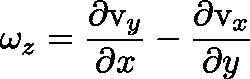
\mathbf { \omega } _ { z } = \frac { \partial \mathrm { v } _ { y } } { \partial x } - \frac { \partial \mathrm { v } _ { x } } { \partial y }